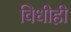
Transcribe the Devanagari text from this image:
विधीही